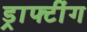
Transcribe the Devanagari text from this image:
ड्राफ्टींग